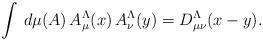
LaTeX: \begin{align*}\int \, d\mu(A) \, A^{\Lambda}_{\mu}(x) \, A^{\Lambda}_{\nu}(y) = D^{\Lambda}_{\mu\nu}(x - y).\end{align*}